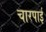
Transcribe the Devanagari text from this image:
चारपार्इ